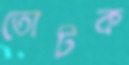
তোটক